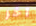
آخر